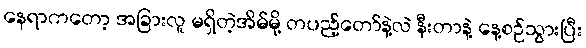
နေရာကတော့ အခြားလူ မရှိတဲ့အိမ်မို့ တပည့်တော်နဲ့လဲ နီးတာနဲ့ နေ့စဉ်သွားပြီး